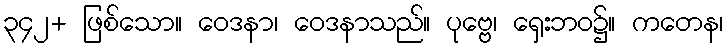
၃၄၂+ ဖြစ်သော။ ဝေဒနာ၊ ဝေဒနာသည်။ ပုဗ္ဗေ၊ ရှေးဘဝ၌။ ကတေန၊